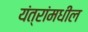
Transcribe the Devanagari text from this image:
यंत्रांमधील